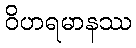
ဝိဟရမာနဿ